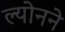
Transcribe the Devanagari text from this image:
ल्योनने